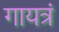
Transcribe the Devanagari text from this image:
गायत्रं